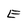
Character: E